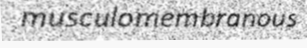
musculomembranous